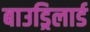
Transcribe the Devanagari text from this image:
बाउड्रिलार्ड